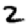
Digit: 2